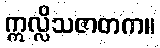
ဣလ္လိသဇာတက။